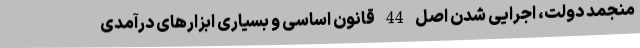
منجمد دولت، اجرایی شدن اصل 44 قانون اساسی و بسیاری ابزارهای درآمدی